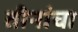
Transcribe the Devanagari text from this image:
तीनांचा